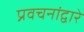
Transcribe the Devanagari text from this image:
प्रवचनांद्वारे